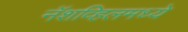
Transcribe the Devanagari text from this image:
नॅशव्हिलमध्ये